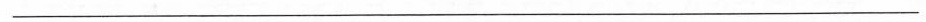
___